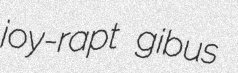
joy-rapt gibus